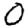
Digit: 0